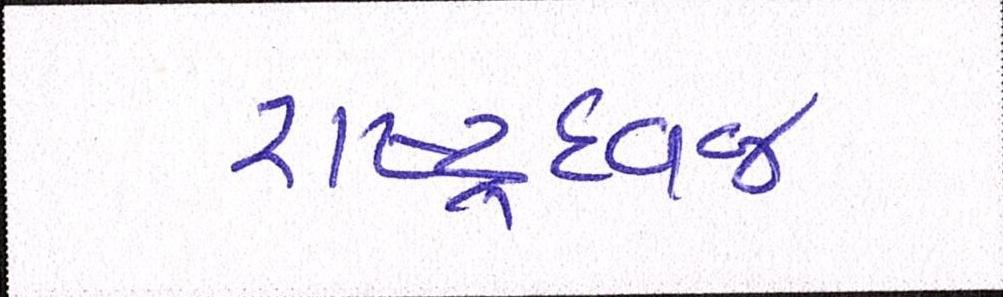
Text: રાષ્ટ્રધ્વજ